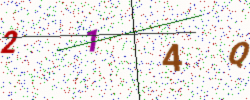
Text: 214Q